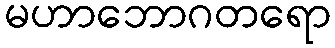
မဟာဘောဂတရော